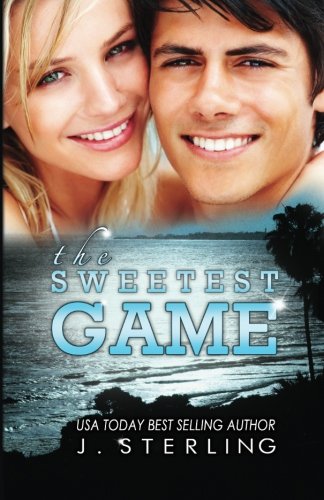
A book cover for The Sweetest Game (The Game Series) (Volume 3); J. Sterling; Romance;